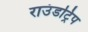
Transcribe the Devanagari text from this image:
राउंडट्रिप